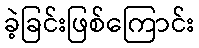
ခဲ့ခြင်းဖြစ်ကြောင်း